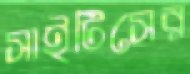
সাইটিসের